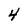
Character: 4